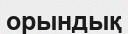
орындық